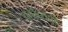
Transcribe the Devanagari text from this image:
कर्त्तव्यादि